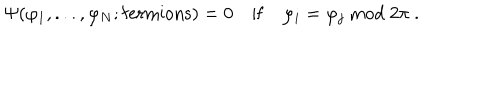
\Psi ( \varphi _ { 1 } , . . . , \varphi _ { N } ; \mathrm { f e r m i o n s } ) = 0 \quad \mathrm { i f } \quad \varphi _ { i } = \varphi _ { j } \ \mathrm { m o d } \ 2 \pi \ .